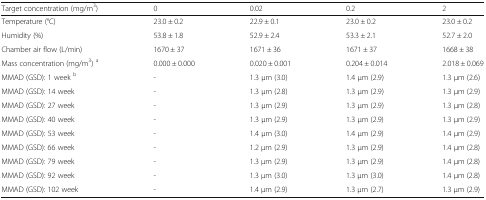
<table><thead><tr><td><b>Target concentration (mg/m<sup>3</sup>)</b></td><td><b>0</b></td><td><b>0.02</b></td><td><b>0.2</b></td><td><b>2</b></td></tr></thead><tbody><tr><td>Temperature (°C)</td><td>23.0 ± 0.2</td><td>22.9 ± 0.1</td><td>23.0 ± 0.2</td><td>23.0 ± 0.2</td></tr><tr><td>Humidity (%)</td><td>53.8 ± 1.8</td><td>52.9 ± 2.4</td><td>53.3 ± 2.1</td><td>52.7 ± 2.0</td></tr><tr><td>Chamber air flow (L/min)</td><td>1670 ± 37</td><td>1671 ± 36</td><td>1671 ± 37</td><td>1668 ± 38</td></tr><tr><td>Mass concentration (mg/m<sup>3</sup>) <sup>a</sup></td><td>0.000 ± 0.000</td><td>0.020 ± 0.001</td><td>0.204 ± 0.014</td><td>2.018 ± 0.069</td></tr><tr><td>MMAD (GSD): 1 week <sup>b</sup></td><td>-</td><td>1.3 μm (3.0)</td><td>1.4 μm (2.9)</td><td>1.3 μm (2.6)</td></tr><tr><td>MMAD (GSD): 14 week</td><td>-</td><td>1.3 μm (2.8)</td><td>1.3 μm (2.9)</td><td>1.3 μm (2.9)</td></tr><tr><td>MMAD (GSD): 27 week</td><td>-</td><td>1.3 μm (2.9)</td><td>1.3 μm (2.9)</td><td>1.3 μm (2.8)</td></tr><tr><td>MMAD (GSD): 40 week</td><td>-</td><td>1.3 μm (2.9)</td><td>1.3 μm (2.9)</td><td>1.3 μm (2.9)</td></tr><tr><td>MMAD (GSD): 53 week</td><td>-</td><td>1.4 μm (3.0)</td><td>1.4 μm (2.9)</td><td>1.4 μm (2.9)</td></tr><tr><td>MMAD (GSD): 66 week</td><td>-</td><td>1.2 μm (2.9)</td><td>1.3 μm (2.9)</td><td>1.4 μm (2.8)</td></tr><tr><td>MMAD (GSD): 79 week</td><td>-</td><td>1.3 μm (2.9)</td><td>1.3 μm (2.9)</td><td>1.4 μm (2.8)</td></tr><tr><td>MMAD (GSD): 92 week</td><td>-</td><td>1.3 μm (3.0)</td><td>1.3 μm (3.0)</td><td>1.4 μm (2.8)</td></tr><tr><td>MMAD (GSD): 102 week</td><td>-</td><td>1.4 μm (2.9)</td><td>1.3 μm (2.7)</td><td>1.3 μm (2.9)</td></tr></tbody></table>